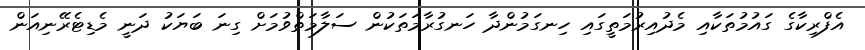
އެފްރިކާގެ ގައުމުތަކާއި މެދުއިރުމަތީގައި ހިނގަމުންދާ ހަނގުރާމަތަކުން ސަލާމަތްވުމަށް ގިނަ ބަޔަކު ދަނީ މެޑިޓެރޭނިއަން